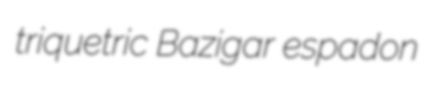
triquetric Bazigar espadon